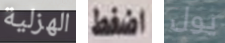
الهزلية اضغط يول